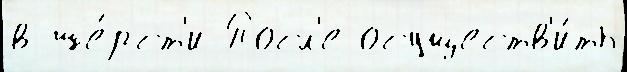
в ше́рст'и Посл'е осуществ'и́ть